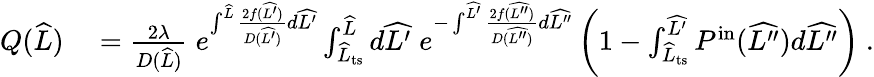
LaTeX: \begin{array}{rl}{Q(\widehat{L})}&{{}=\frac{2\lambda}{D(\widehat{L})}\; e^{\int^{\widehat{L}}\frac{2f(\widehat{L^{\prime}})}{D(\widehat{L^{\prime}})}d\widehat{L^{\prime}}}\int_{\widehat{L}_{\mathrm{ts}}}^{\widehat{L}}d\widehat{L^{\prime}}\; e^{-\int^{\widehat{L^{\prime}}}\frac{2f(\widehat{L^{\prime\prime}})}{D(\widehat{L^{\prime\prime}})}d\widehat{L^{\prime\prime}}}\left(1-\int_{\widehat{L}_{\mathrm{ts}}}^{\widehat{L^{\prime}}}P^{\mathrm{in}}(\widehat{L^{\prime\prime}})d\widehat{L^{\prime\prime}}\right)\ .}\end{array}